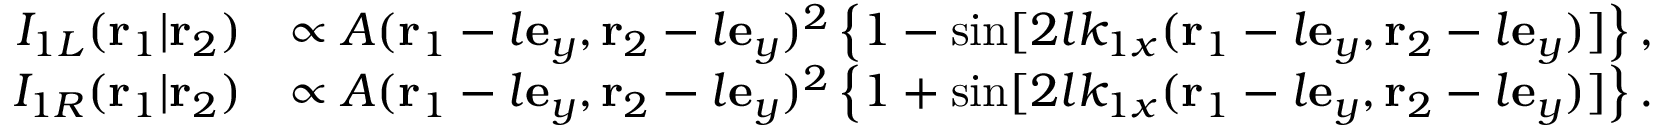
\begin{array} { r l } { I _ { 1 L } ( \mathbf { r } _ { 1 } | \mathbf { r } _ { 2 } ) } & { \propto A ( \mathbf { r } _ { 1 } - l \mathbf { e } _ { y } , \mathbf { r } _ { 2 } - l \mathbf { e } _ { y } ) ^ { 2 } \left\{ 1 - \sin [ 2 l k _ { 1 x } ( \mathbf { r } _ { 1 } - l \mathbf { e } _ { y } , \mathbf { r } _ { 2 } - l \mathbf { e } _ { y } ) ] \right\} , } \\ { I _ { 1 R } ( \mathbf { r } _ { 1 } | \mathbf { r } _ { 2 } ) } & { \propto A ( \mathbf { r } _ { 1 } - l \mathbf { e } _ { y } , \mathbf { r } _ { 2 } - l \mathbf { e } _ { y } ) ^ { 2 } \left\{ 1 + \sin [ 2 l k _ { 1 x } ( \mathbf { r } _ { 1 } - l \mathbf { e } _ { y } , \mathbf { r } _ { 2 } - l \mathbf { e } _ { y } ) ] \right\} . } \end{array}